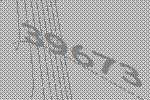
39673